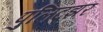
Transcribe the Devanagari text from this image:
पुलिट्झर